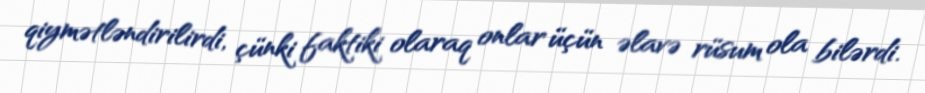
qiymətləndirilirdi, çünki faktiki olaraq onlar üçün əlavə rüsum ola bilərdi.